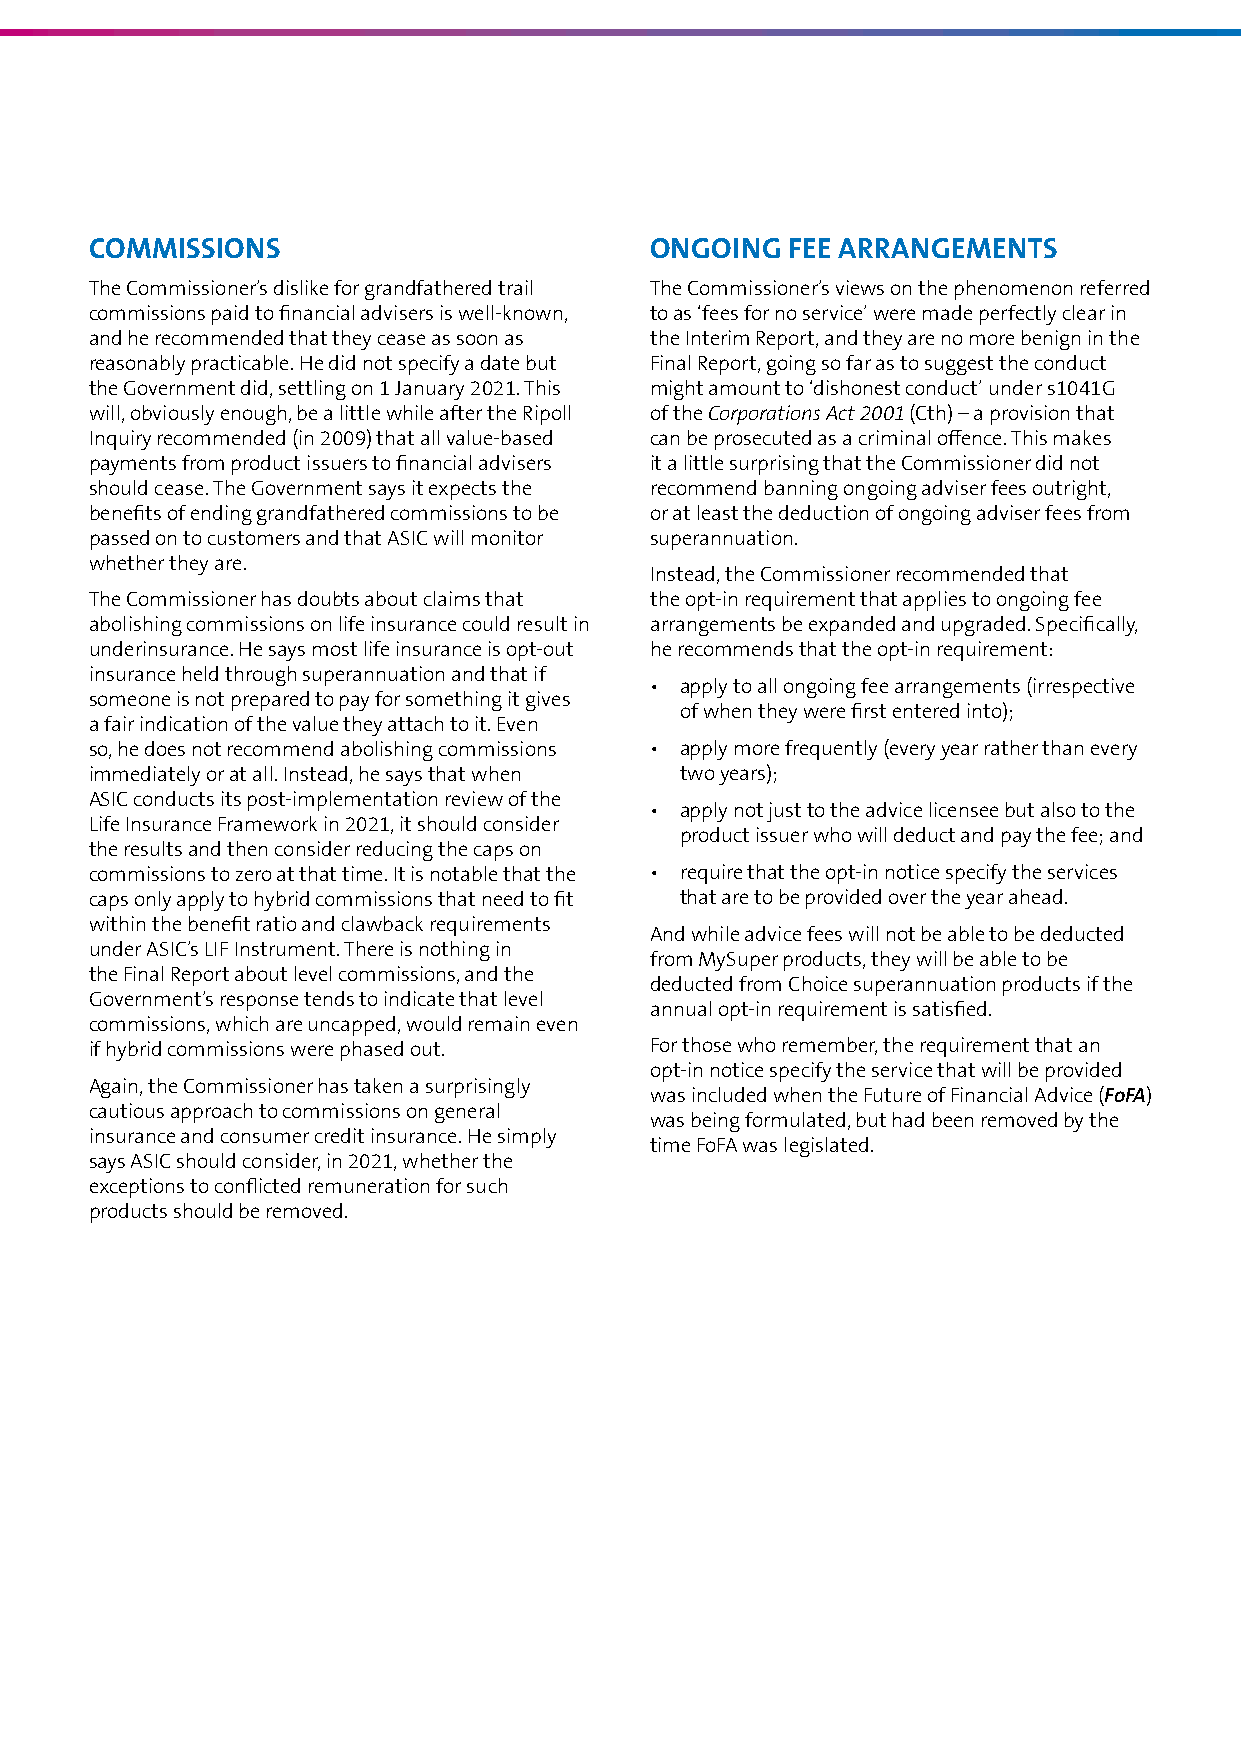
COMMISSIONS                          ONGOING  FEE ARRANGEMENTS
 The Commissioner’s dislike for grandfathered trail The Commissioner’s views on the phenomenon referred
 commissions paid to financial advisers is well‑known, to as ‘fees for no service’ were made perfectly clear in
 and he recommended that they cease as soon as the Interim Report, and they are no more benign in the
 reasonably practicable. He did not specify a date but Final Report, going so far as to suggest the conduct
 the Government did, settling on 1 January 2021. This might amount to ‘dishonest conduct’ under s1041G
 will, obviously enough, be a little while after the Ripoll of the Corporations Act 2001 (Cth) – a provision that
 Inquiry recommended (in 2009) that all value‑based can be prosecuted as a criminal offence. This makes
 payments from product issuers to financial advisers it a little surprising that the Commissioner did not
 should cease. The Government says it expects the recommend banning ongoing adviser fees outright,
 benefits of ending grandfathered commissions to be or at least the deduction of ongoing adviser fees from
 passed on to customers and that ASIC will monitor superannuation.
 whether they are.
 Instead, the Commissioner recommended that
 The Commissioner has doubts about claims that the opt‑in requirement that applies to ongoing fee
 abolishing commissions on life insurance could result in arrangements be expanded and upgraded. Specifically,
 underinsurance. He says most life insurance is opt‑out he recommends that the opt‑in requirement:
 insurance held through superannuation and that if
 • apply to all ongoing fee arrangements (irrespective
 someone is not prepared to pay for something it gives
 of when they were first entered into);
 a fair indication of the value they attach to it. Even
 so, he does not recommend abolishing commissions • apply more frequently (every year rather than every
 immediately or at all. Instead, he says that when two years);
 ASIC conducts its post‑implementation review of the
 • apply not just to the advice licensee but also to the
 Life Insurance Framework in 2021, it should consider
 product issuer who will deduct and pay the fee; and
 the results and then consider reducing the caps on
 commissions to zero at that time. It is notable that the • require that the opt‑in notice specify the services
 caps only apply to hybrid commissions that need to fit that are to be provided over the year ahead.
 within the benefit ratio and clawback requirements
 And while advice fees will not be able to be deducted
 under ASIC’s LIF Instrument. There is nothing in
 from MySuper products, they will be able to be
 the Final Report about level commissions, and the
 deducted from Choice superannuation products if the
 Government’s response tends to indicate that level
 annual opt‑in requirement is satisfied.
 commissions, which are uncapped, would remain even
 if hybrid commissions were phased out. For those who remember, the requirement that an
 opt‑in notice specify the service that will be provided
 Again, the Commissioner has taken a surprisingly
 was included when the Future of Financial Advice (FoFA)
 cautious approach to commissions on general
 was being formulated, but had been removed by the
 insurance and consumer credit insurance. He simply
 time FoFA was legislated.
 says ASIC should consider, in 2021, whether the
 exceptions to conflicted remuneration for such
 products should be removed.